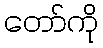
တော်ကို